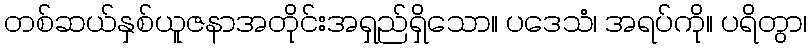
တစ်ဆယ်နှစ်ယူဇနာအတိုင်းအရှည်ရှိသော။ ပဒေသံ၊ အရပ်ကို။ ပရိတွာ၊